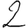
Digit: 2